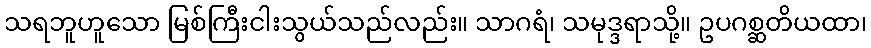
သရဘူဟူသော မြစ်ကြီးငါးသွယ်သည်လည်း။ သာဂရံ၊ သမုဒ္ဒရာသို့။ ဥပဂစ္ဆတိယထာ၊